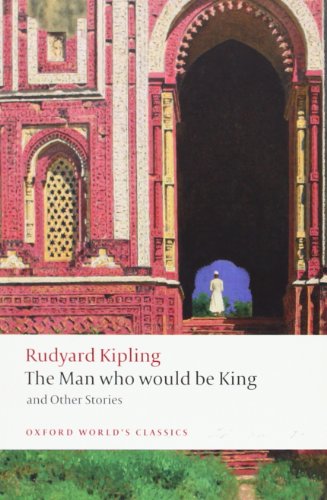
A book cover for The Man Who Would Be King and Other Stories (Oxford World's Classics); Rudyard Kipling; Literature & Fiction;